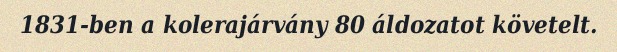
1831-ben a kolerajárvány 80 áldozatot követelt.